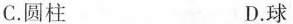
C.圆柱 D.球